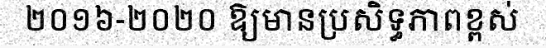
២០១៦-២០២០ ឱ្យមានប្រសិទ្ធភាពខ្ពស់